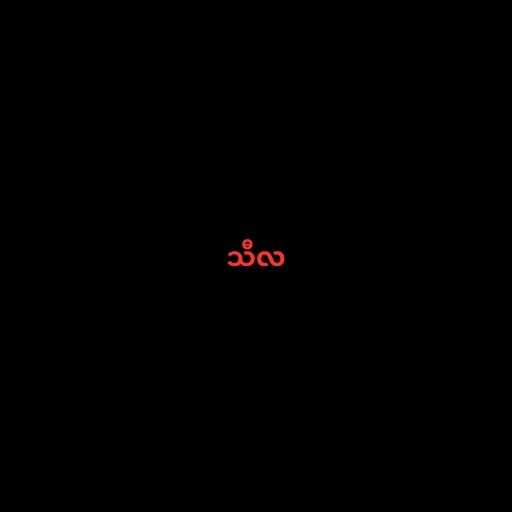
သီလ